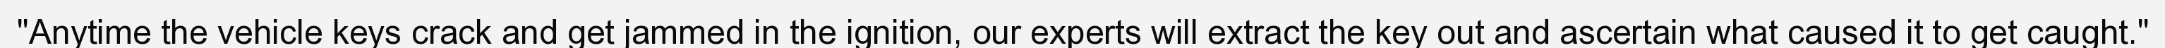
"Anytime the vehicle keys crack and get jammed in the ignition, our experts will extract the key out and ascertain what caused it to get caught."